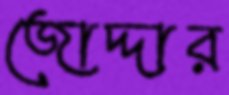
জোদ্দার